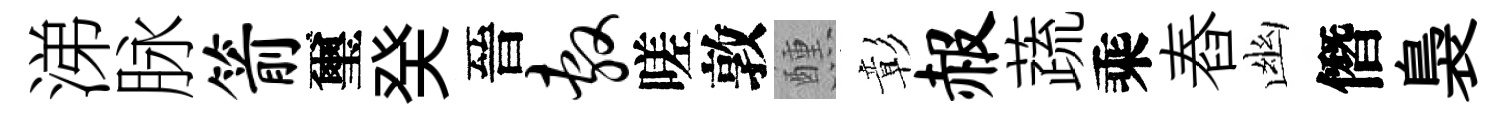
涕脉箭璽癸晉敷嗟敦醺彰赧蔬乘舂幽僭裊